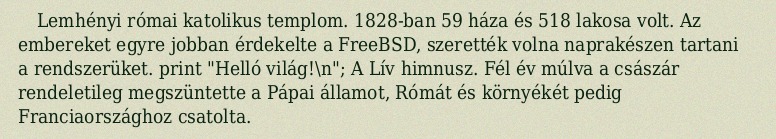
Lemhényi római katolikus templom. 1828-ban 59 háza és 518 lakosa volt. Az embereket egyre jobban érdekelte a FreeBSD, szerették volna naprakészen tartani a rendszerüket. print "Helló világ!\n"; A Lív himnusz. Fél év múlva a császár rendeletileg megszüntette a Pápai államot, Rómát és környékét pedig Franciaországhoz csatolta.